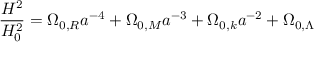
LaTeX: { \frac { H ^ { 2 } } { H _ { 0 } ^ { 2 } } } = \Omega _ { 0 , R } a ^ { - 4 } + \Omega _ { 0 , M } a ^ { - 3 } + \Omega _ { 0 , k } a ^ { - 2 } + \Omega _ { 0 , \Lambda }